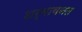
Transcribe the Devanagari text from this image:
शर्मावनत